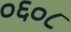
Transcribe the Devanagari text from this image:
०६०८